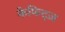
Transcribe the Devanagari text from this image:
केफिट्ज़